Vaccination in Bombay 1874-1876 - 1874-1876
Year: 1874
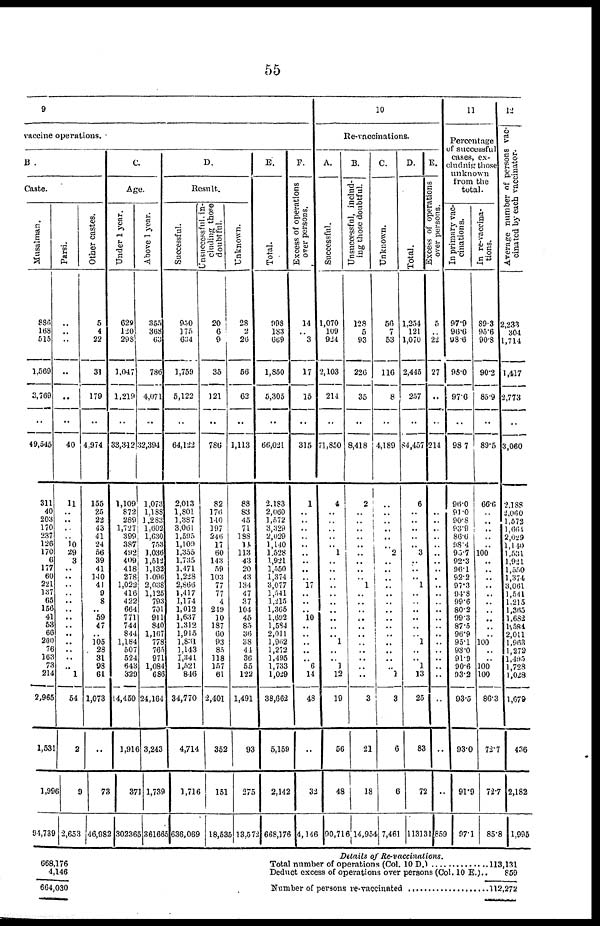
55
9
vaccine operations.
B .
Caste.
Musalman.
886.
168
515
1,569
3,769
..
49,545
311
40
203
170
237
126
170
6
177
60
221
137
65
156
41
53
66
200
76
163
73
214
2,965
1,531
1,996
91,739
Parsi.
..
..
..
..
..
..
40
11
..
..
..
.. 10
29
3
..
..
..
..
..
..
..
.. ..
..
..
..
.. 1
54
2
9
2,653
Other castes.
5
4
22
31
179
..
4,974
155
25
22
43
41
24
50
39
41
140
41
9
8
.. 59
47
.. 105
28
31
98
61
1,073
..
73
46,982
C.
Age.
Under 1 year.
628
120
298
1,047
1,219
..
33,312
1,109
872
289
1,727
399
387
492
409
418
278
1,022
416
422
664
771
744
844
1,184
507
524
643
329
14,450
1,916
371
302365
Above 1 year.
355
368
63
786
4,071
..
32,394
1,073
1,188
1,283
1,602
1,630
753
1,036
1,512
1,132
1,096
2,038
1,125
793
701
911
840
1,167
778
765
971
1,084
686
24,164
3,243
1,739
361665
D.
Result.
Successful.
950
175
634
1,759
5,122
..
64,122
2,013
1,801
1,387
3,061
1,595
1,109
1,355
1,735
1,171
1,228
2,866
1,417
1,174
1,012
1,637
1,312
1,915
1,831
1,143
1,341
1,521
846
34,770
4,714
1,716
636,069
Unsuccessful, in-
cluding those
doubtful.
20
6
9
35
121
..
786
82
176
140
197
246
17
60
143
59
103
77
77
4
249
10
187
60
93
85
118
157
61
2,401
352
151
18,535
Unknown.
28
2
20
56
62
..
1,113
88
83
45
71
188
14
113
43
20
43
134
47
37
104
45
85
36
38
44
36
55
122
1,491
93
275
13,572
E.
Total.
998
183
669
1,850
5,305
..
66,021
2,183
2,060
1,572
3,329
2,029
1,140
1,528
1,921
1,550
1,374
3,077
1,541
1,215
1,365
1,602
1,584
2,011
1,962
1,272
1,495
1,733
1,029
38,662
5,159
2,142
668,176
P.
Excess of operations
over persons.
14
.. 3
17
15
..
315
1
.. ..
.. ..
..
..
.. ..
.. 17
..
..
.. 10
..
..
.. ..
.. 6
14
48
..
32
4,146
10
Re-vaccinations.
A.
Successful.
1,070
109
924
2,103
214
..
71,850
4
..
..
..
..
.. 1
..
..
..
..
.. ..
..
..
..
.. 1
..
.. 1
12
19
56
48
90,716
B.
Unsuccessful, includ-
ing those doubtful.
128
5
93
226
35
..
8,418
2
..
..
..
..
..
..
..
..
.. 1
..
..
.. ..
..
..
..
..
..
..
..
3
21
18
14,954
C.
Unknown.
56
7
53
116
8
..
4,189
..
.. ..
..
..
.. 2
..
.. ..
.. 1
..
..
..
.. ..
.. ..
..
.. 1
3
6
6
7,461
D.
Total.
1,254
121
1,070
2,445
257
..
84,457
6
..
..
..
..
.. 3
..
..
.. 1
..
.. ..
..
..
.. 1
..
.. 1
13
25
83
72
113131
E.
over persons.
5
.. 22
27
..
..
214
..
..
..
..
..
..
..
..
..
..
..
..
..
..
..
..
..
..
..
..
..
..
..
..
859
11
Percentage
of successful
cases, ex¬
cludnig those
unknown
from the
total.
In primary vac-
cinations.
97.9
96.6
98.6
98.0
97.6
..
98.7
96.0
91.0
90.8
93.9
86.0
98.4
95.7
92.3
96.1
92.2
97.3
94.8
99.6
80.2
99.3
87.5
96.9
95.1
93.0
91.9
90.6
93.2
93.5
93.0
91.9
97.1
In re-vaccina-
tions.
89.3
95.6
90.8
90.2
85.9
..
89.5
66.0
..
.. ..
..
.. 100
..
..
..
..
..
..
.. ..
..
.. 100
..
.. 100
100
86.3
72.7
72.7
85.8
12
Average number of persons vac-
cinated by each vaccinator.
2,233
301
1,714
1,417
2,773
..
3,060
2,188
2,060
1,572
1,001
2,029
1,140
1,531
1,921
1,550
1,374
3,061
1,541
1,215
1,365
1,682
1,584
2,011
1,903
1,272
1,495
1,728
1,028
1,679
436
2,182
1,995
668,176
4,146
664,030
Details of
Re-vaccinations.
Total number of operations (col. 10 D.) ................
Deduct excess of operations over persons (Col. 10 E.)..
Number of persons re -vaccinated ..............................
113,131
859
112,272